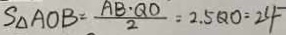
S _ { \Delta } A O B = \frac { A B \cdot Q O } { 2 } = 2 . 5 Q O = 2 4 ^ { - }